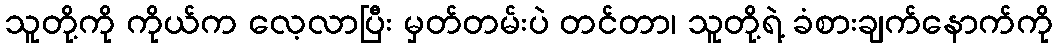
သူတို့ကို ကိုယ်က လေ့လာပြီး မှတ်တမ်းပဲ တင်တာ၊ သူတို့ရဲ့ ခံစားချက်နောက်ကို